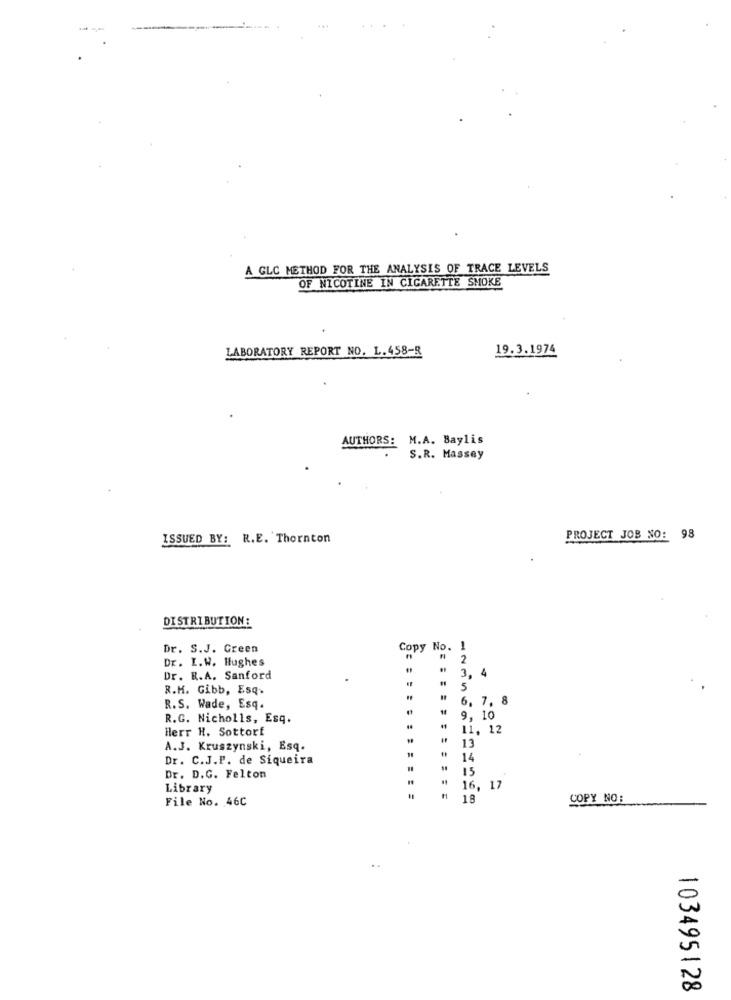
A GLC METHOD FOR THE ANALYSIS OF TRACE LEVELS
OF NICOTINE IN CIGARETTE SMOKE
LABORATORY REPORT NO. L.458-8
19.3.1974
AUTHORS: M.A. Baylis
S.R. Massey
ISSUED BY: R.E. Thornton
PROJECT JOB NO: 98
DISTRIBUTION:
Dr. S.J. Green
Copy No. 1
Dr. I.W. Hughes
2
Dr. R.A. Sanford
3,
R.H. Gibb, Esq.
5
6, 7, 8
R.S. Wade, Esq.
R.G. Nicholls, Esq.
10
Herr H. Sottorf
41
11, 12
13
A.J. Kruszynski, Esq.
Dr. C.J.P. de Siqueira
14
15
Dr. D.G. Felton
Library
16, 17
File No. 46C
18
COPY NO :
103495128